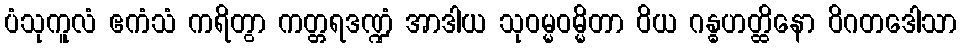
ပံသုကူလံ ဧကံသံ ကရိတွာ ကတ္တရဒဏ္ဍံ အာဒါယ သုဝမ္မဝမ္မိတာ ဝိယ ဂန္ဓဟတ္ထိနော ဝိဂတဒေါသာ